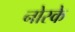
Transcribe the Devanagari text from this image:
नोस्के